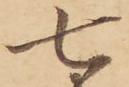
七